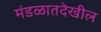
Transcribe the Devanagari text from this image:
मंडळातदेखील